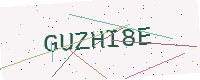
Text: GUZHI8E